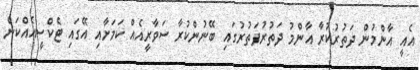
އެއީ އާންމުން ދަތުރުކުރާ އާންމު ދަތުރުފަތުރުގައި ބޭނުންކުރާ ސަވާރީއެއް ކަމަށާއި އޭގައި ޓެކްސީއެއްކަން